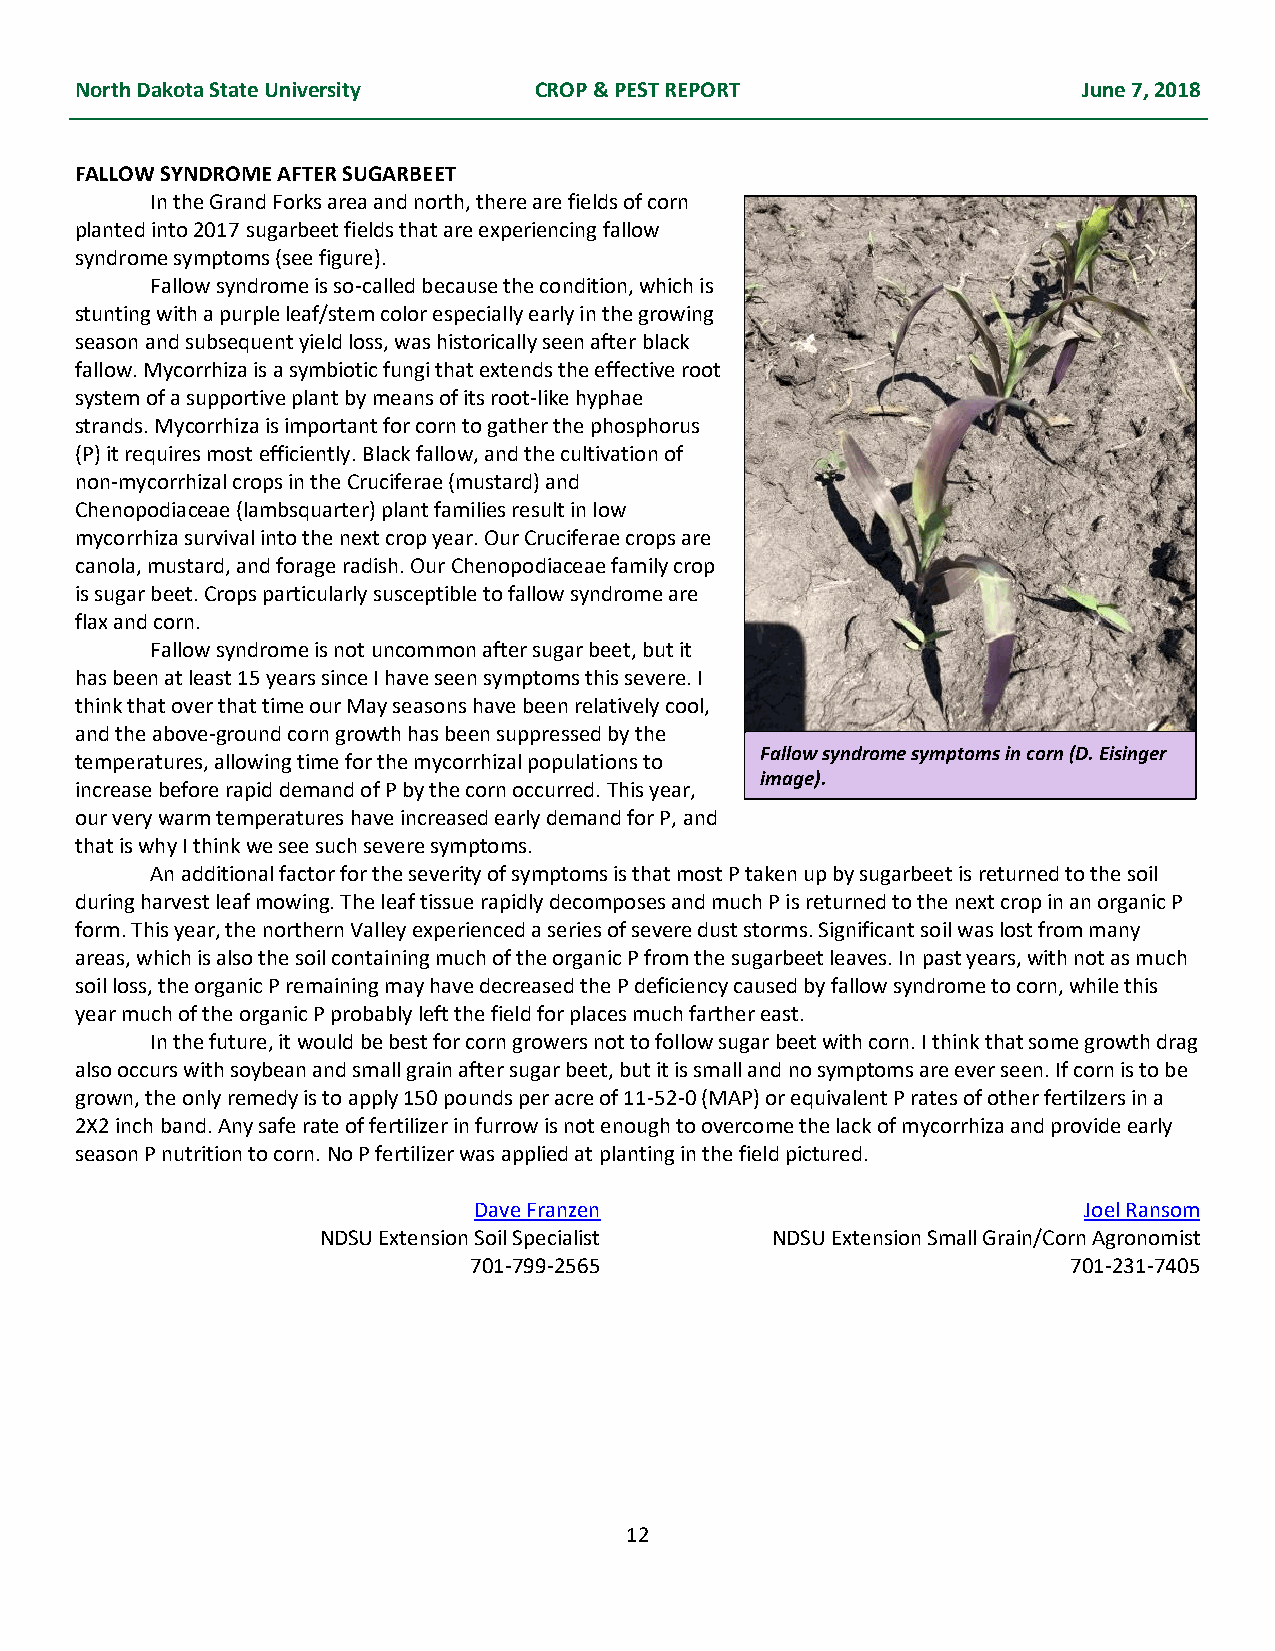
North Dakota State University CROP & PEST REPORT                   June 7, 2018
 FALLOW SYNDROME AFTER SUGARBEET
 In the Grand Forks area and north, there are fields of corn
 planted into 2017 sugarbeet fields that are experiencing fallow
 syndrome symptoms (see figure).
 Fallow syndrome is so-called because the condition, which is
 stunting with a purple leaf/stem color especially early in the growing
 season and subsequent yield loss, was historically seen after black
 fallow. Mycorrhiza is a symbiotic fungi that extends the effective root
 system of a supportive plant by means of its root-like hyphae
 strands. Mycorrhiza is important for corn to gather the phosphorus
 (P) it requires most efficiently. Black fallow, and the cultivation of
 non-mycorrhizal crops in the Cruciferae (mustard) and
 Chenopodiaceae (lambsquarter) plant families result in low
 mycorrhiza survival into the next crop year. Our Cruciferae crops are
 canola, mustard, and forage radish. Our Chenopodiaceae family crop
 is sugar beet. Crops particularly susceptible to fallow syndrome are
 flax and corn.
 Fallow syndrome is not uncommon after sugar beet, but it
 has been at least 15 years since I have seen symptoms this severe. I
 think that over that time our May seasons have been relatively cool,
 and the above-ground corn growth has been suppressed by the
 Fallow syndrome symptoms in corn (D. Eisinger
 temperatures, allowing time for the mycorrhizal populations to
 image).
 increase before rapid demand of P by the corn occurred. This year,
 our very warm temperatures have increased early demand for P, and
 that is why I think we see such severe symptoms.
 An additional factor for the severity of symptoms is that most P taken up by sugarbeet is returned to the soil
 during harvest leaf mowing. The leaf tissue rapidly decomposes and much P is returned to the next crop in an organic P
 form. This year, the northern Valley experienced a series of severe dust storms. Significant soil was lost from many
 areas, which is also the soil containing much of the organic P from the sugarbeet leaves. In past years, with not as much
 soil loss, the organic P remaining may have decreased the P deficiency caused by fallow syndrome to corn, while this
 year much of the organic P probably left the field for places much farther east.
 In the future, it would be best for corn growers not to follow sugar beet with corn. I think that some growth drag
 also occurs with soybean and small grain after sugar beet, but it is small and no symptoms are ever seen. If corn is to be
 grown, the only remedy is to apply 150 pounds per acre of 11-52-0 (MAP) or equivalent P rates of other fertilzers in a
 2X2 inch band. Any safe rate of fertilizer in furrow is not enough to overcome the lack of mycorrhiza and provide early
 season P nutrition to corn. No P fertilizer was applied at planting in the field pictured.
 Dave Franzen                             Joel Ransom
 NDSU Extension Soil Specialist NDSU Extension Small Grain/Corn Agronomist
 701-799-2565                            701-231-7405
 12